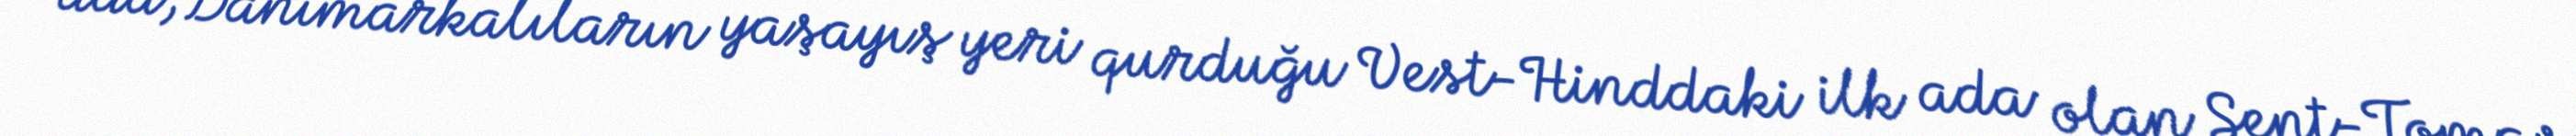
ada, Danimarkalıların yaşayış yeri qurduğu Vest-Hinddaki ilk ada olan Sent-Tomas